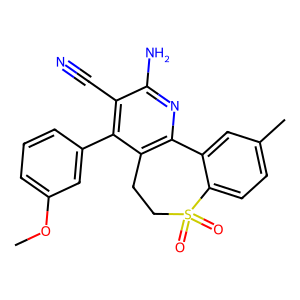
SMILES: COc1cccc(-c2c(C#N)c(N)nc3c2CCS(=O)(=O)c2ccc(C)cc2-3)c1
Inhibits HIV replication: No